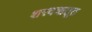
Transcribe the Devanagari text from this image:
शरदऋतूत